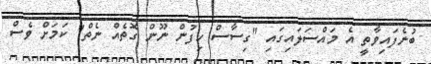
ބުނެފައިވާތީ އެ މައްސަލައިގައި "ގިސާސް ހިފުން ނޫން ގޮތެއް ނެތް" ކަމަށް ވެސް